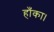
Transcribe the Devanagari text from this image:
हाँका।